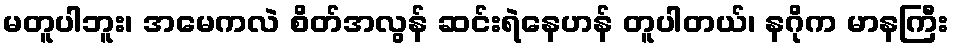
မတူပါဘူး၊ အမေကလဲ စိတ်အလွန် ဆင်းရဲနေဟန် တူပါတယ်၊ နဂိုက မာနကြီး